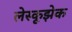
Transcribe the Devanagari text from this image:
लेस्कूझेक